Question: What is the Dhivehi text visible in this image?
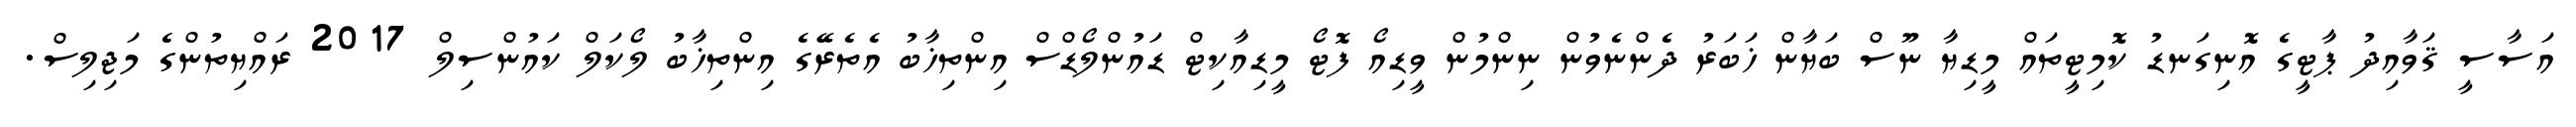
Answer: އަސާސީ ޤަވާއިދު ޕާޓީގެ އޮނިގަނޑު ކޮމިޓީތައް މީޑިޔާ ނޫސް ބަޔާން ޚަބަރު ދެންނެވުން ނިންމުން ވީޑިއޯ ފޮޓޯ މީޑިއާކިޓް ޑައުންލޯޑްސް އިންތިޚާބު އެތެރޭގެ އިންތިޚާބު ލޯކަލް ކައުންސިލް 2017 ރައްޔިތުންގެ މަޖިލިސް.